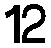
12